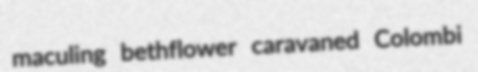
maculing bethflower caravaned Colombi